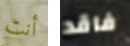
أنت فاقد